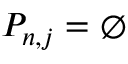
P _ { n , j } = \emptyset